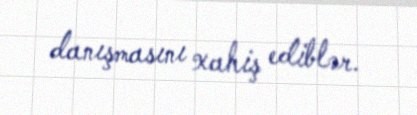
danışmasını xahiş ediblər.